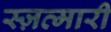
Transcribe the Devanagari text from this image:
स्ज़त्मारी